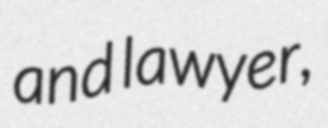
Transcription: and lawyer,